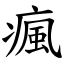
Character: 瘋